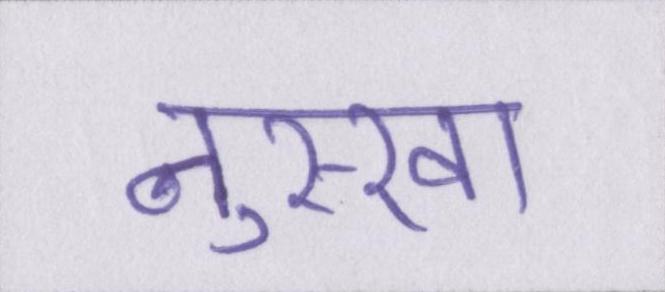
नुस्खा